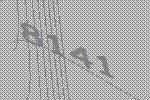
8141